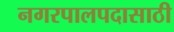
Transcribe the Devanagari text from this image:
नगरपालपदासाठी